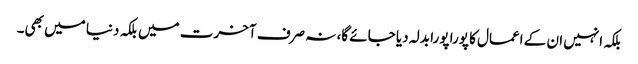
بلکہ انہیں ان کے اعمال کا پورا پورا بدلہ دیا جائے گا، نہ صرف آخرت میں بلکہ دنیا میں بھی۔